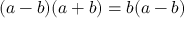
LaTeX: ( a - b ) ( a + b ) = b ( a - b )